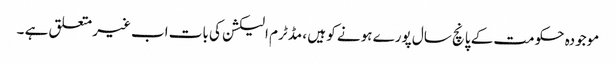
موجودہ حکومت کے پانچ سال پورے ہونے کو ہیں ، مڈٹرم الیکشن کی بات اب غیر متعلق ہے ۔